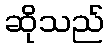
ဆိုသည်